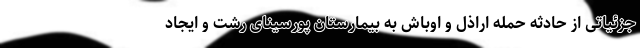
جزئیاتی از حادثه حمله اراذل و اوباش به بیمارستان پورسینای رشت و ایجاد